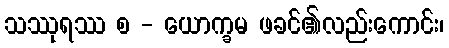
သဿုရဿ စ - ယောက္ခမ ဖခင်၏လည်းကောင်း၊